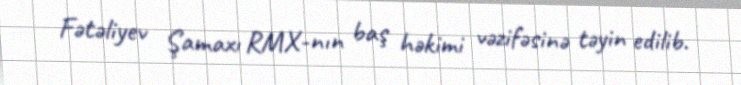
Fətəliyev Şamaxı RMX-nın baş həkimi vəzifəsinə təyin edilib.